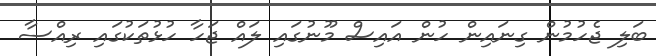
ބަލި ޖެހުމުން ގިނައިން ހުން އައިސް މޫނުގައި ލައް ޖަހާ ހުޅުތަކުގައި ރިއްސާ